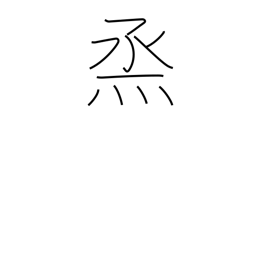
Meaning: to steam